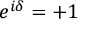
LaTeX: e ^ { i \delta } = + 1